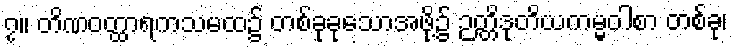
၇။ တိဏဝတ္ထာရကသမထ၌ တစ်ခုခုသောအဖို့၌ ဉတ္တိဒုတိယကမ္မဝါစာ တစ်ခု၊